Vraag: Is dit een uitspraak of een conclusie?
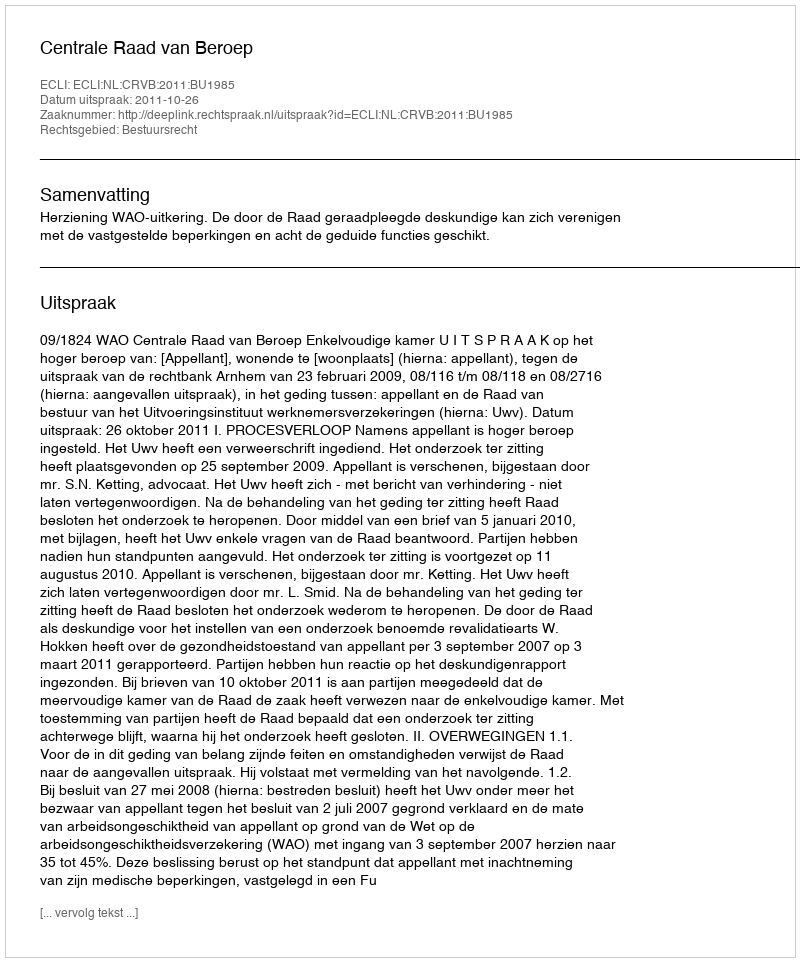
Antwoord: Uitspraak